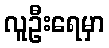
လူဦးရေမှာ